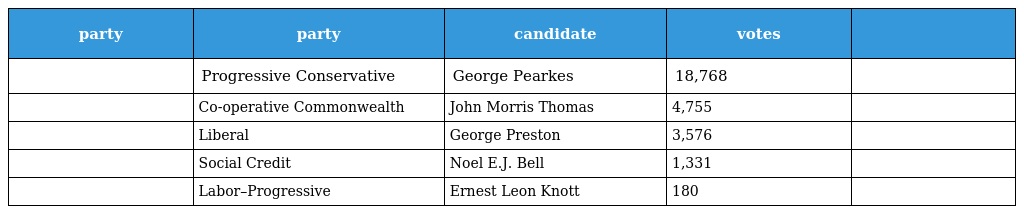
| party | party | candidate | votes |  |
 | --- | --- | --- | --- | --- |
 |  | Progressive Conservative | George Pearkes | 18,768 |  |
 |  | Co-operative Commonwealth | John Morris Thomas | 4,755 |  |
 |  | Liberal | George Preston | 3,576 |  |
 |  | Social Credit | Noel E.J. Bell | 1,331 |  |
 |  | Labor–Progressive | Ernest Leon Knott | 180 |  |